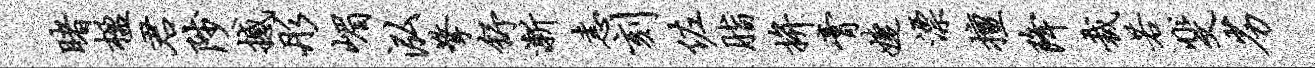
睹楹君陟撼彤嵋泓擎舒渐恚刻佐脂拚膏婕漂擅降裁若斐劣